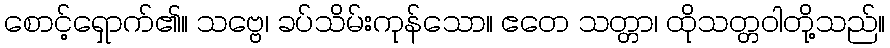
စောင့်ရှောက်၏။ သဗ္ဗေ၊ ခပ်သိမ်းကုန်သော။ ဧတေ သတ္တာ၊ ထိုသတ္တဝါတို့သည်။